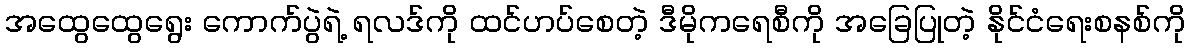
အထွေထွေရွေး ကောက်ပွဲရဲ့ ရလဒ်ကို ထင်ဟပ်စေတဲ့ ဒီမိုကရေစီကို အခြေပြုတဲ့ နိုင်ငံရေးစနစ်ကို